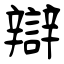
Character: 辯